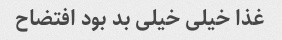
غذا خیلی خیلی بد بود افتضاح